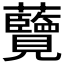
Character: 𮓔